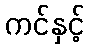
ကင်နှင့်